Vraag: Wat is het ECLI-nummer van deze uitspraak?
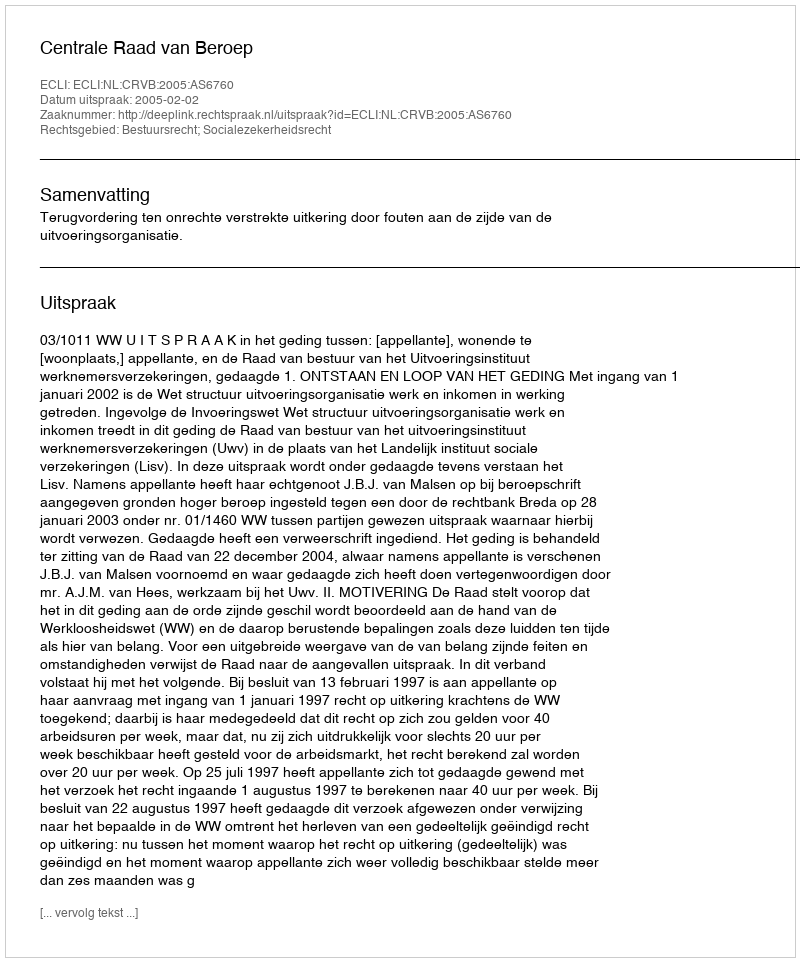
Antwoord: ECLI:NL:CRVB:2005:AS6760